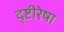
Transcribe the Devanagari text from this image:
दृष्टीरेषा